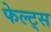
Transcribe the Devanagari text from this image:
फेल्ट्स